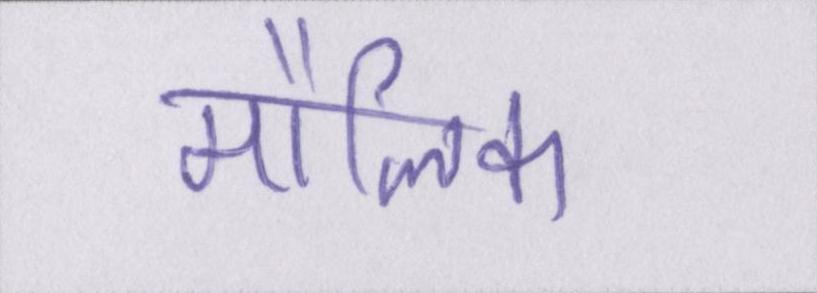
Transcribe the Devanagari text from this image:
मौलिक